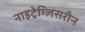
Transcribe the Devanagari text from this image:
नाइट्रेग्लिसरीन